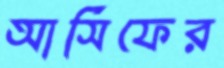
আসিফের